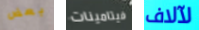
بعض فيتامينات لآلاف